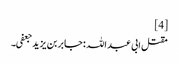
[4]
مقتل ابی عبد اللہ :جابر بن یزید جعفی۔